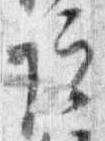
院